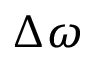
\Delta \omega